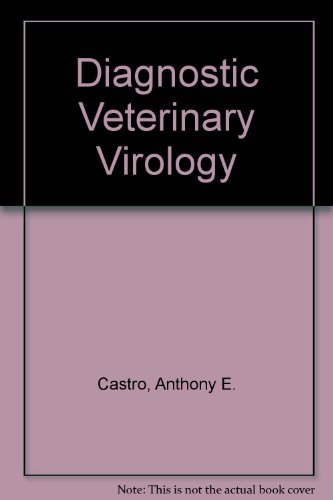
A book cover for Veterinary Diagnostic Virology: A Practitioner's Guide; Anthony E. Castro; Medical Books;